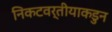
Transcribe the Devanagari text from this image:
निकटवर्तीयाकडुन